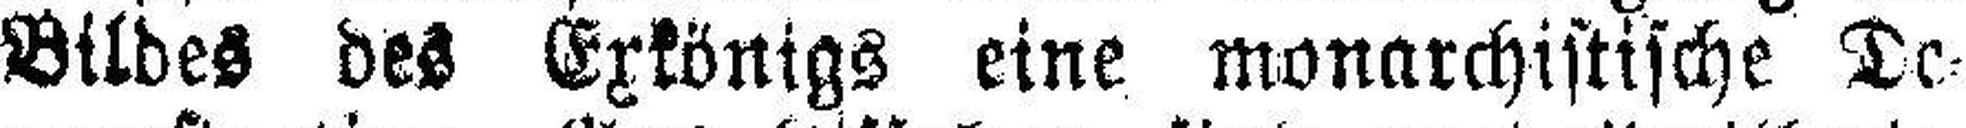
Bildes des Exkönigs eine monarchistische De¬